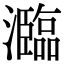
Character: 瀶